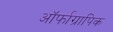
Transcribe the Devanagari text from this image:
ऑर्फाग्रापिक